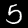
Label: 5